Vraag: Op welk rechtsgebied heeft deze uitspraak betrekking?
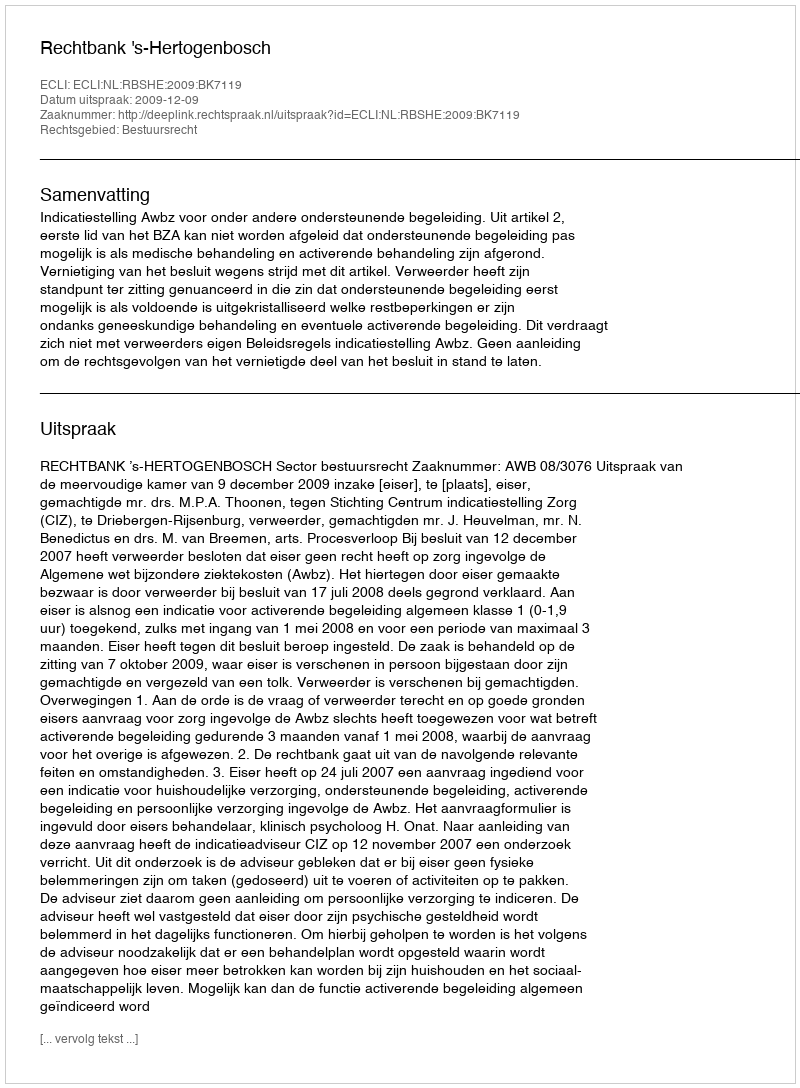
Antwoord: Bestuursrecht